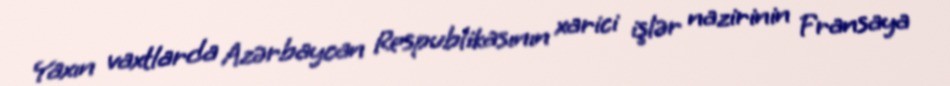
Yaxın vaxtlarda Azərbaycan Respublikasının xarici işlər nazirinin Fransaya